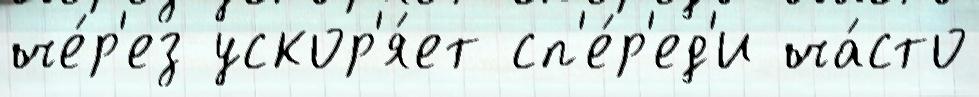
че́р'ез ускор'я́ет сп'е́р'ед'и ча́сто